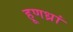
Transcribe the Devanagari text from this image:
हूणध्रां